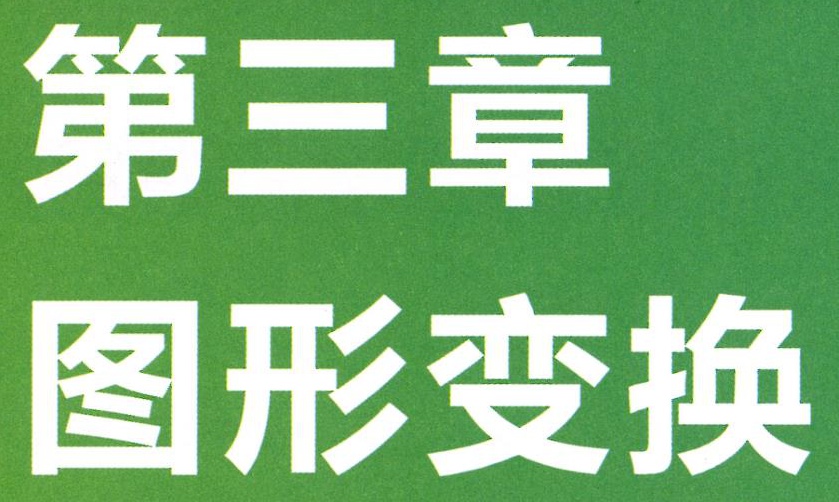
第三章

图形变换